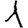
Digit: 1